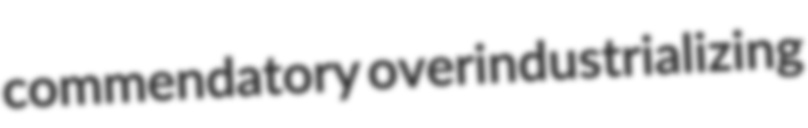
commendatory overindustrializing